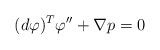
LaTeX: \begin{align*} (d\varphi)^T\varphi''+\nabla p=0\end{align*}